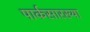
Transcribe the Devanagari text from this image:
पार्कसारख्या